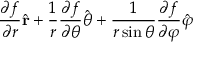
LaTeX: { \frac { \partial f } { \partial r } } { \hat { \mathbf { r } } } + { \frac { 1 } { r } } { \frac { \partial f } { \partial \theta } } { \hat { \boldsymbol { \theta } } } + { \frac { 1 } { r \sin \theta } } { \frac { \partial f } { \partial \varphi } } { \hat { \boldsymbol { \varphi } } }